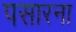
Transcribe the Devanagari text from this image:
पसारना